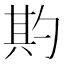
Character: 𭅌